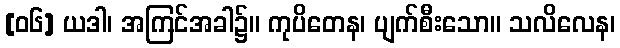
[၀၆] ယဒါ၊ အကြင်အခါ၌။ ကုပိတေန၊ ပျက်စီးသော။ သလိလေန၊